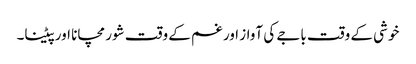
خوشی کے وقت باجے کی آواز اور غم کے وقت شور مچانا اور پیٹنا۔